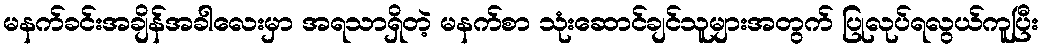
မနက်ခင်းအချိန်အခါလေးမှာ အရသာရှိတဲ့ မနက်စာ သုံးဆောင်ချင်သူများအတွက် ပြုလုပ်ရလွယ်ကူပြီး